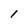
Character: l